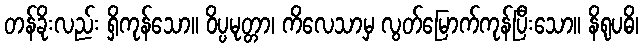
တန်ခိုးလည်း ရှိကုန်သော။ ဝိပ္ပမုတ္တာ၊ ကိလေသာမှ လွတ်မြောက်ကုန်ပြီးသော။ နိရုပဓိ၊